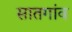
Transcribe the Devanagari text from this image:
सातगांव